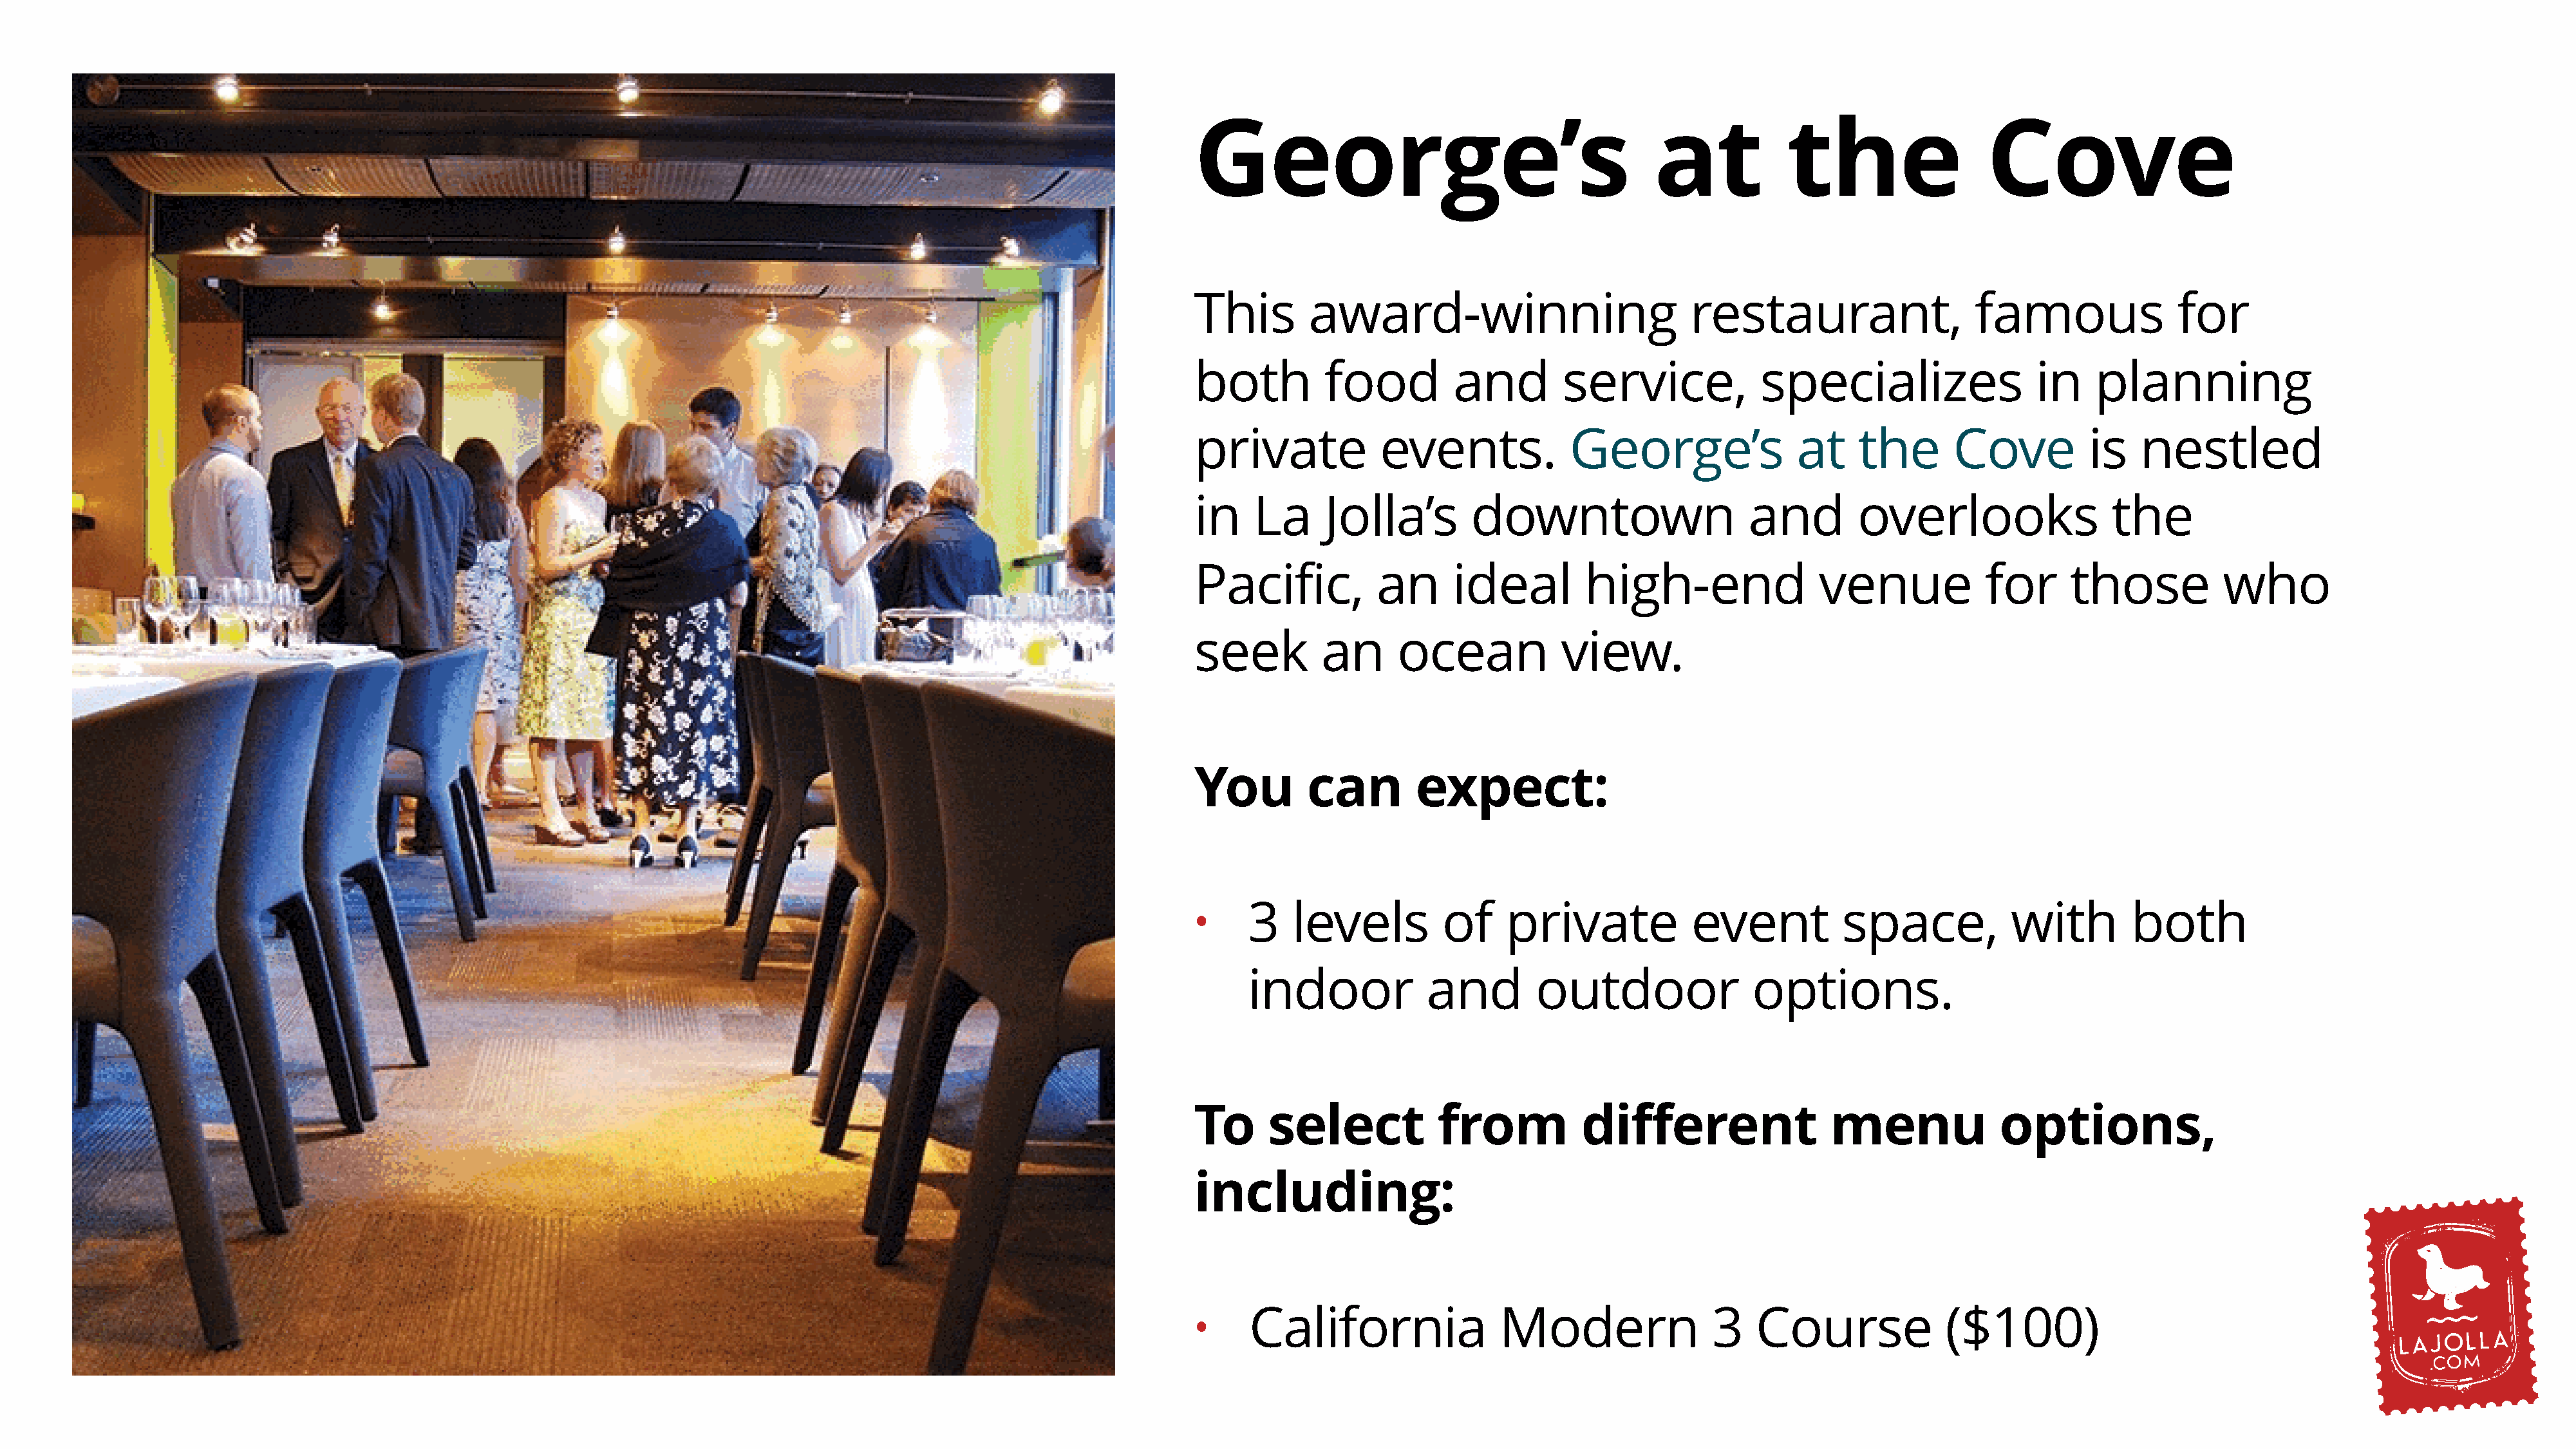
George’s                                       at            the                 Cove
 This        award-winning                          restaurant,                  famous               for
 both         food         and         service,            specializes                 in    planning
 private            events.            George’s                at    the       Cove          is   nestled
 in    La     Jolla’s        downtown                     and        overlooks                 the
 Pacific,          an      ideal         high-end                venue            for      those           who
 seek         an      ocean           view.
 You        can         expect:
 3    levels         of     private            event          space,            with        both
 •
 indoor             and        outdoor               options.
 To     select            from           different                menu              options,
 including:
 California                Modern                3   Course              ($100)
 •